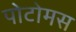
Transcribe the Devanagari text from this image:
पोटोमस